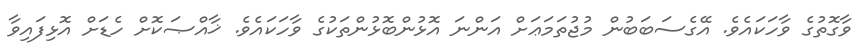
ވާގޮތުގެ ވާހަކައެވެ. އޭގެސަބަބުން މުޖުތަމަޢަށް އަންނަ އޮޅުންބޮޅުންތަކުގެ ވާހަކައެވެ. ޚާއްޞަކޮށް ހެޑަށް އޮޅިފައިވާ